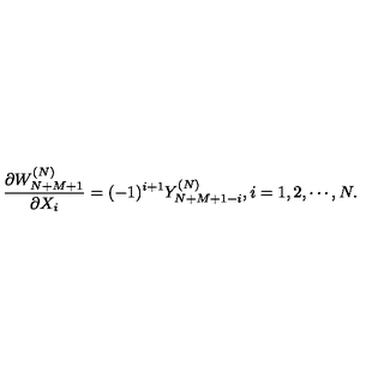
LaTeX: { \frac { \partial W _ { N + M + 1 } ^ { ( N ) } } { \partial X _ { i } } } = ( - 1 ) ^ { i + 1 } Y _ { N + M + 1 - i } ^ { ( N ) } , i = 1 , 2 , \cdots , N .